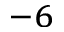
^ { - 6 }